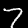
Label: 7